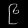
Digit: ၉